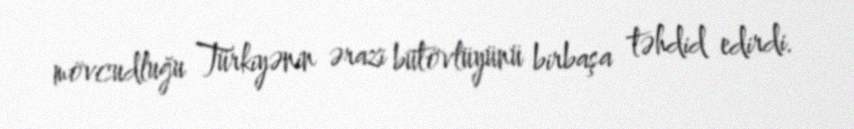
mövcudluğu Türkiyənin ərazi bütövlüyünü birbaşa təhdid edirdi.